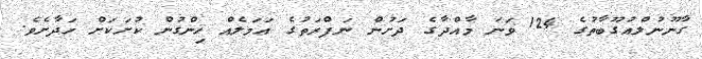
ގާނޫނުލްއުގޫބާތުގެ 124 ވަނަ މާއްދާގެ ދަށުން ނަފްރަތުގެ އަމަލެއް ހިންގުން ކުށަކަށް ހަދާށެވެ.